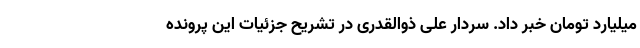
میلیارد تومان خبر داد. سردار علی ذوالقدری در تشریح جزئیات این پرونده